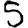
Digit: 5